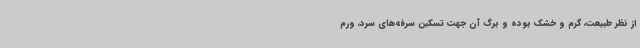
از نظر طبیعت، گرم و خشک بوده و برگ آن جهت تسکین سرفه‌های سرد، ورم